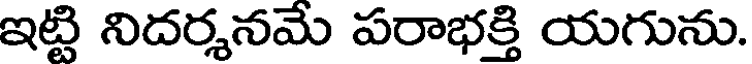
ఇట్టి నిదర్శనమే పరాభక్తి యగును.